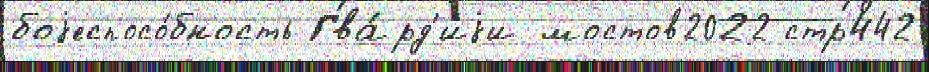
боjеспосо́бность Гва́рд'иjи мостов2022 стр442